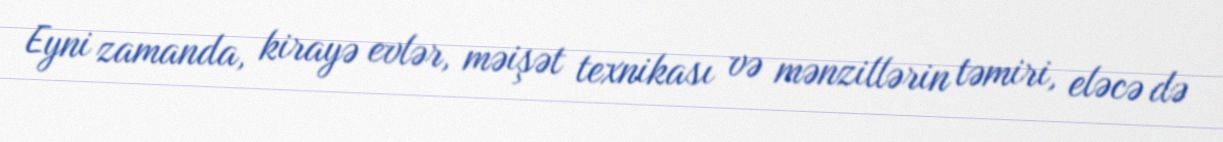
Eyni zamanda, kirayə evlər, məişət texnikası və mənzillərin təmiri, eləcə də